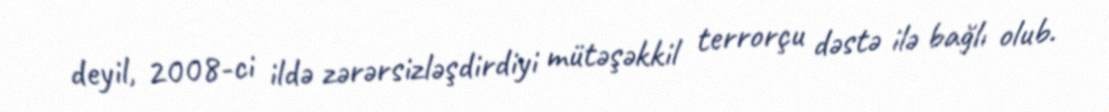
deyil, 2008-ci ildə zərərsizləşdirdiyi mütəşəkkil terrorçu dəstə ilə bağlı olub.